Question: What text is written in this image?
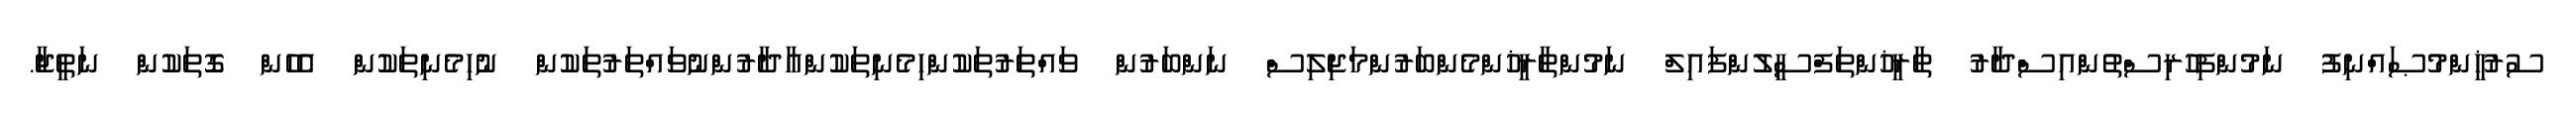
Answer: ސުރުޚީންމުޞައްނިފު ނަމުންފިހުރިސްތުންއިސްދާރު ތާރީޚުންތަފްސީލުންފައިލް ނަމުންތާރީޚުންމެންބަރުންމަޖިލިސް ނަންބަރުން ވައްތަރުތަކުންހިމެނިތަކުންއާދާރުންނުވައްތަރުތަކުން ނުހިމެނިތަކުން އެހެން ގޮތަކުން ނަތީޖާ.